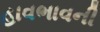
હાવભાવની